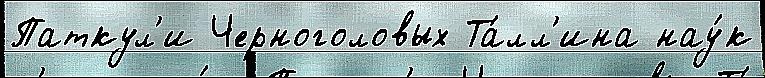
Паткул'и Черноголовых Та́лл'ина нау́к